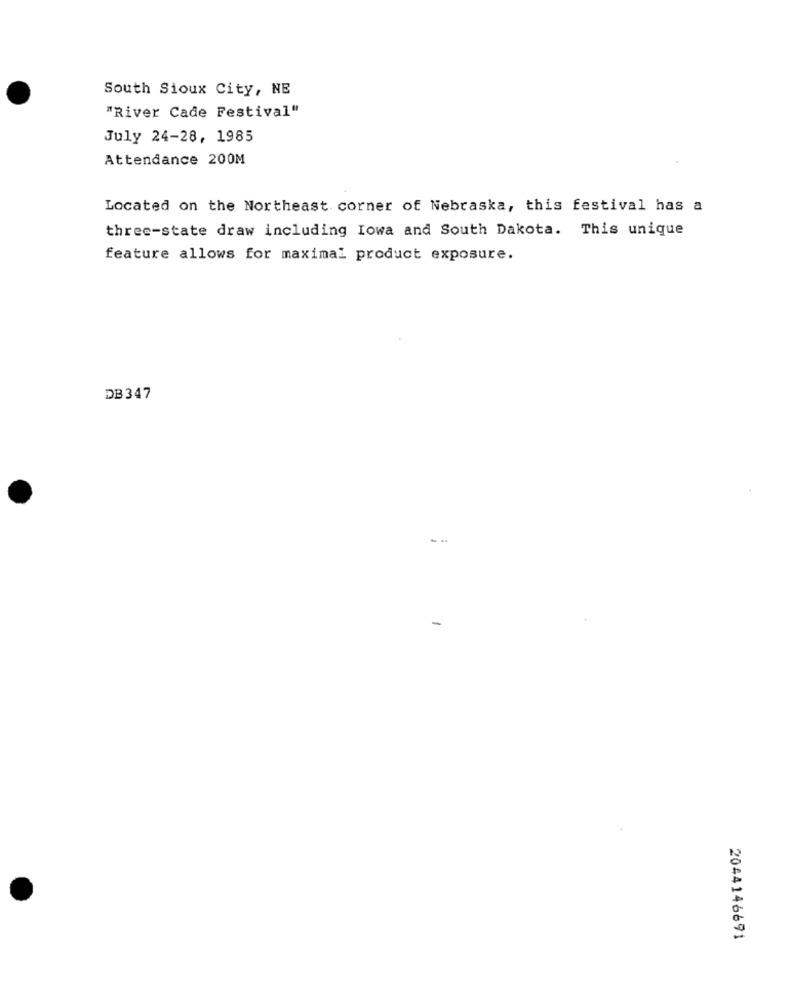
South Sioux City, NE
"River Cade Festival"
July 24-28, 1985
Attendance 200M
Located on the Northeast corner of Nebraska, this festival has a
three-state draw including Iowa and South Dakota. This unique
feature allows for maximal product exposure.
DB 347
2044146691